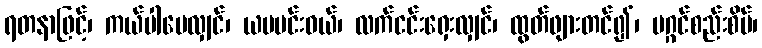
ရတနာဖြင့်၊ ကယ်ပါပေလျှင်၊ ယမမင်းဝယ်၊ လက်ငင်းရှေးလျှင်၊ ထွတ်ဖျားတင်၍၊ မဂ္ဂင်စည်းစိမ်၊